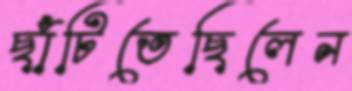
ছাঁটিতেছিলেন